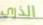
الذري